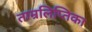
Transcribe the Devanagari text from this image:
ताम्रलिप्तिका